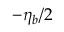
- \eta _ { b } / 2